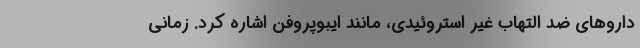
داروهای ضد التهاب غیر استروئیدی، مانند ایبوپروفن اشاره کرد. زمانی